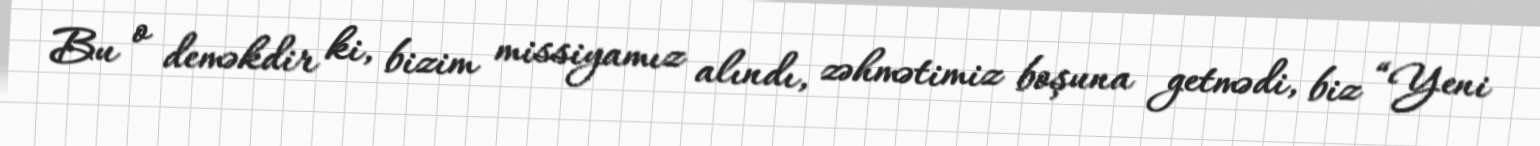
Bu o deməkdir ki, bizim missiyamız alındı, zəhmətimiz boşuna getmədi, biz “Yeni